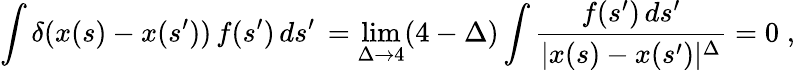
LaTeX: \int\delta(x(s)-x(s^{\prime}))\, f(s^{\prime})\, ds^{\prime}\, =\operatorname*{lim}_{\Delta\to 4}(4-\Delta)\int\frac{f(s^{\prime})\, ds^{\prime}}{|x(s)-x(s^{\prime})|^{\Delta}}=0\; ,